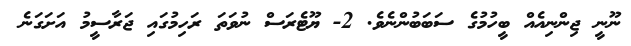
ނޫނީ ޖިންނިއެއް ބީހުމުގެ ސަބަބުންނެވެ. 2- ޔޫޓެރަސް ނުވަތަ ރަހިމުގައި ޖަރާސީމު އަށަގަނެ